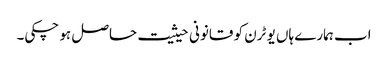
اب ہمارے ہاں یو ٹرن کو قانونی حیثیت حاصل ہو چکی۔